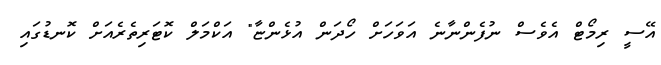
އޭސީ ރިމޯޓް އެވެސް ނުފެންނާނެ އަވަހަށް ހޯދަން އުޅެންޏާ" އަކްމަލް ކޮޓަރިތެރެއަށް ކޮނޑުގައި